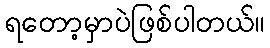
ရတော့မှာပဲဖြစ်ပါတယ်။